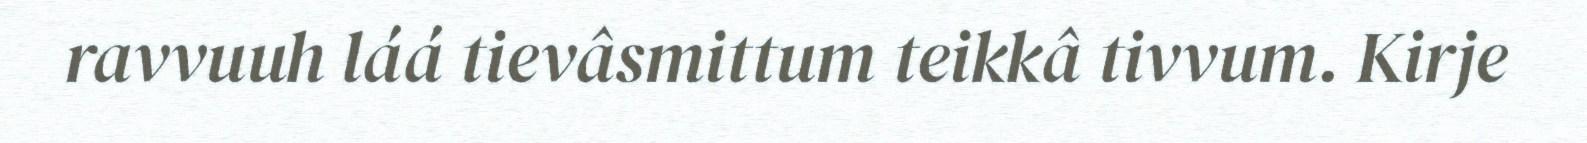
ravvuuh láá tievâsmittum teikkâ tivvum. Kirje